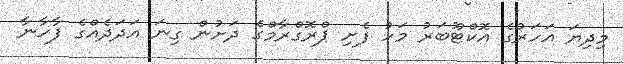
މިދިޔަ އަހަރުގެ އޮކްޓޫބަރު މަހު ފެށި ޕްރޮގްރާމްގެ ދަށުން ގިނަ އަދަދެެއްގެ ފާހާނާ